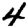
Digit: 4